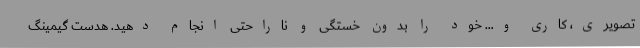
تصویری، کاری و… خود را بدون خستگی و ناراحتی انجام دهید. هدست گیمینگ